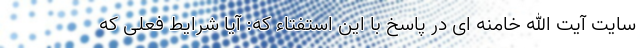
سایت آیت الله خامنه ای در پاسخ با این استفتاء که: آیا شرایط فعلی که